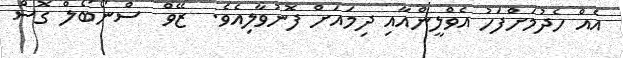
އެއް ހެދުމަށްފަހު އެވްލީންއާއި ދިމައަށް ފޮނުވާލިއެވެ.  ޒޭވް  ސްނޯބޯލް ގޮސް